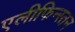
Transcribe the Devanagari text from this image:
एलीफिन्स्तन